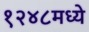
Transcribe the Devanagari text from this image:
१२४८मध्ये